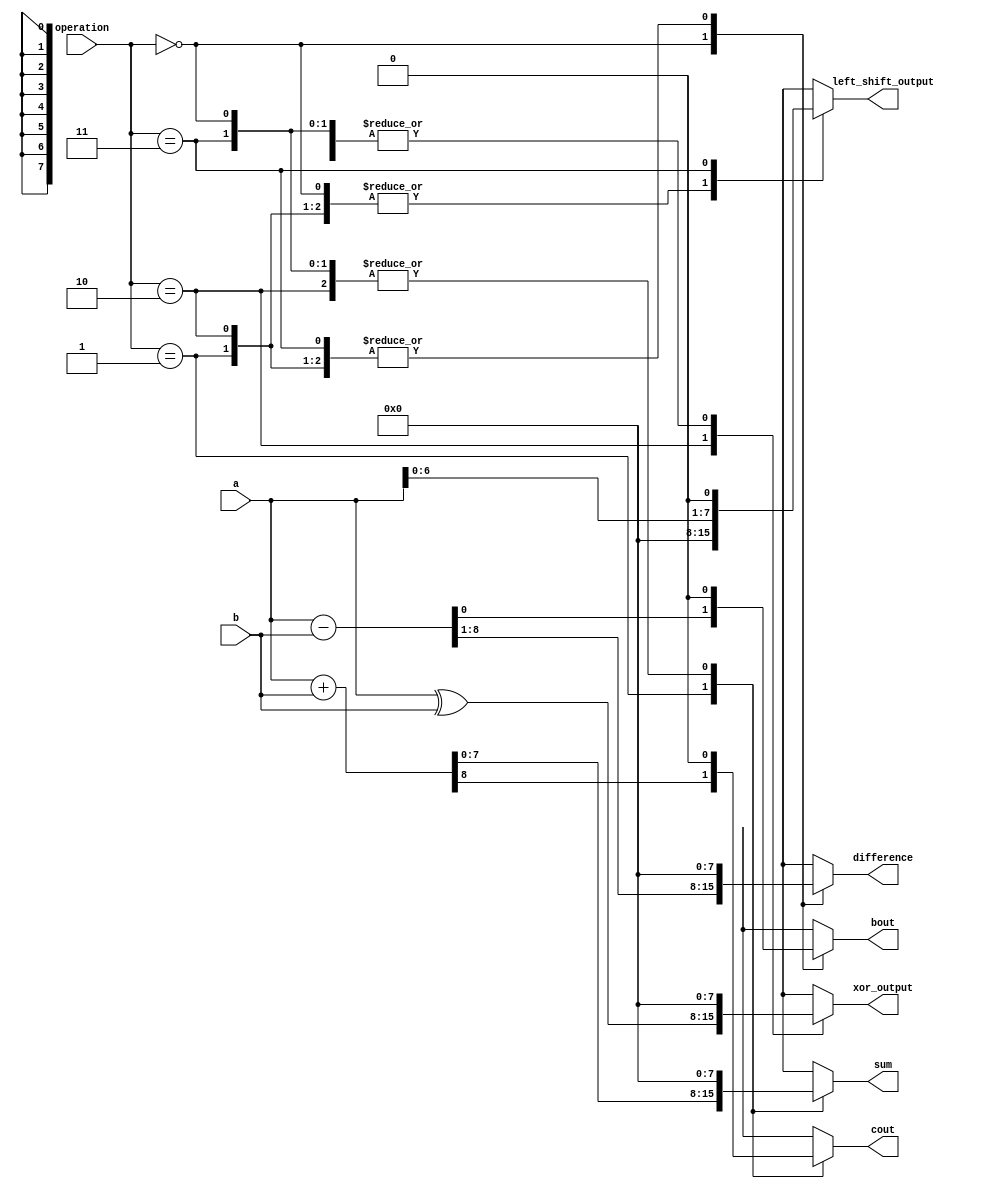
module alu(
    input [7:0] a,
    input [7:0] b,
    input [1:0] operation, 
    output reg [7:0] sum,
    output reg cout,
    output reg [7:0] difference,
    output reg bout,
    output reg [7:0] xor_output,
    output reg [7:0] left_shift_output
);

    always @(a or b or operation) begin
        {difference, bout, sum, cout, xor_output, left_shift_output} = 8'b0;
		  
		  case(operation)
			  2'b00: begin
					{difference,bout} = a - b;
			  end
	
			  2'b01: begin 
					{cout,sum} = a + b;
			  end
	
			  2'b10: begin
					xor_output = a ^ b;
			  end
	
			  2'b11: begin
					left_shift_output = a << 1;
			  end
		  endcase
    end

endmodule